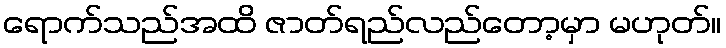
ရောက်သည်အထိ ဇာတ်ရည်လည်တော့မှာ မဟုတ်။